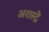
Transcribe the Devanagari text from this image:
अरास्ट्रे